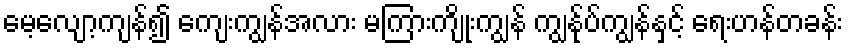
မေ့လျော့ကျန်၍ ကျေးကျွန်အလား မကြားကျိုးကျွန် ကျွန်ုပ်ကျွန်နှင့် ရေးဟန်တခန်း